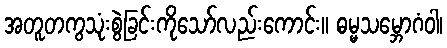
အတူတကွသုံးစွဲခြင်းကိုသော်လည်းကောင်း။ ဓမ္မသမ္ဘောဂံဝါ၊